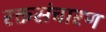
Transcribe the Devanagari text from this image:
रक्तसंचारण